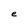
Character: e